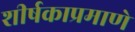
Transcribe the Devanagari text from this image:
शीर्षकाप्रमाणे